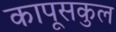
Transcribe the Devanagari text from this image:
कापूसकुल